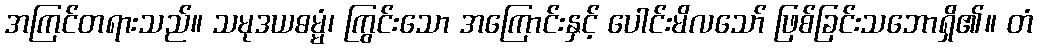
အကြင်တရားသည်။ သမုဒယဓမ္မံ၊ ကြွင်းသော အကြောင်းနှင့် ပေါင်းမိလသော် ဖြစ်ခြင်းသဘောရှိ၏။ တံ